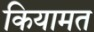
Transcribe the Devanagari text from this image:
कियामत